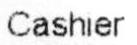
CASHIER